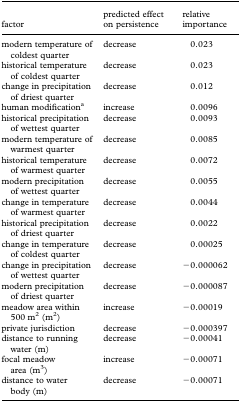
| factor | predicted effect on persistence | relative importance |
 | --- | --- | --- |
 | modern temperature of coldest quarter | decrease | 0.023 |
 | historical temperature of coldest quarter | decrease | 0.023 |
 | change in precipitation of driest quarter | decrease | 0.012 |
 | human modificationa | increase | 0.0096 |
 | historical precipitation of wettest quarter | decrease | 0.0093 |
 | modern temperature of warmest quarter | decrease | 0.0085 |
 | historical temperature of warmest quarter | decrease | 0.0072 |
 | modern precipitation of wettest quarter | decrease | 0.0055 |
 | change in temperature of warmest quarter | decrease | 0.0044 |
 | historical precipitation of driest quarter | decrease | 0.0022 |
 | change in temperature of coldest quarter | decrease | 0.00025 |
 | change in precipitation of wettest quarter | decrease | −0.000062 |
 | modern precipitation of driest quarter | decrease | −0.000087 |
 | meadow area within 500 m2 (m2) | increase | −0.00019 |
 | private jurisdiction | decrease | −0.000397 |
 | distance to running water (m) | decrease | −0.00041 |
 | focal meadow area (m3) | increase | −0.00071 |
 | distance to water body (m) | decrease | −0.00071 |